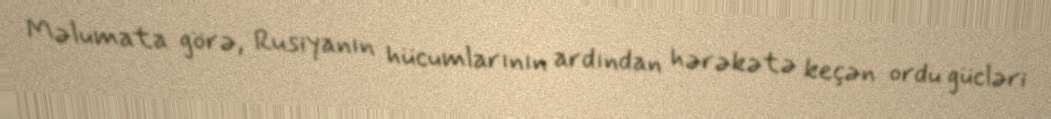
Məlumata görə, Rusiyanın hücumlarının ardından hərəkətə keçən ordu gücləri